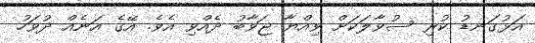
އަޅުގަނޑު ކުރި ސުވާލަކަށް ވިއްޔާ ޖަވާބު ދެއްވި އެވެ. އޭގެ އަނެއް ދުވަހު